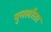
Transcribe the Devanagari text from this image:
पुनलौता